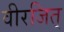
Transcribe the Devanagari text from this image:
वीरजित्